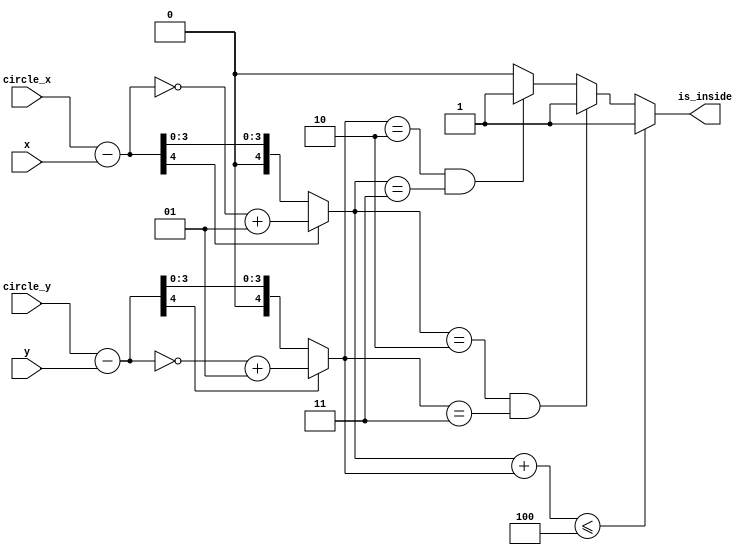
//Report1

module Inside (
input [3:0] x,
input [3:0] y,
input [3:0] circle_x,
input [3:0] circle_y,
output reg is_inside // 1: is inside, 0: is outside
);

wire signed [4:0]  dis_x = circle_x - x;
wire signed [4:0]  dis_y = circle_y - y;

wire [4:0] abs_dis_x = dis_x[4] ? ~dis_x + 1 : dis_x;
wire [4:0] abs_dis_y = dis_y[4] ? ~dis_y + 1 : dis_y;

wire [5:0] dis =  abs_dis_x + abs_dis_y;

always @(*) begin 
	if (dis <= 4) begin
		is_inside = 1;
	end 
	else if(abs_dis_x == 2 && abs_dis_y == 3) begin
		is_inside = 1;
	end
	else if(abs_dis_y == 2 && abs_dis_x == 3) begin
		is_inside = 1;
	end
	else begin
		is_inside = 0;
	end
end

endmodule

/*
//Report2
module Inside (
input [3:0] x,
input [3:0] y,
input [3:0] circle_x,
input [3:0] circle_y,
output reg is_inside // 1: is inside, 0: is outside
);

wire signed [4:0] dis_x = circle_x - x;
wire signed [4:0] dis_y = circle_y - y;

wire [9:0] dis =  dis_x**2 + dis_y**2;

always @(*) begin 
	if (dis <= 16) begin
		is_inside = 1;
	end 
	else begin
		is_inside = 0;
	end
end

endmodule
*/